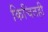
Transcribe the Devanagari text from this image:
किचितही